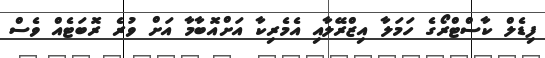
ފިޑެލް ކާސްޓްރޯގެ ހަމަލާ އިޒްރޭލާއި އެމެރިކާ އަށްއޮބާމާ އަށް ވުރެ ރޮބަޓެއް ވެސް